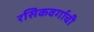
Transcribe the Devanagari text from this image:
रसिकवर्गाची